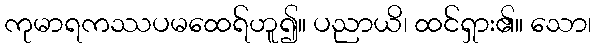
ကုမာရကဿပမထေရ်ဟူ၍။ ပညာယိ၊ ထင်ရှား၏။ သော၊